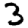
Digit: 3